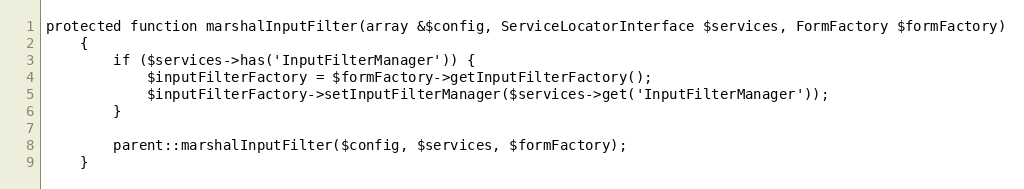
Language: PHP
protected function marshalInputFilter(array &$config, ServiceLocatorInterface $services, FormFactory $formFactory)
    {
        if ($services->has('InputFilterManager')) {
            $inputFilterFactory = $formFactory->getInputFilterFactory();
            $inputFilterFactory->setInputFilterManager($services->get('InputFilterManager'));
        }

        parent::marshalInputFilter($config, $services, $formFactory);
    }